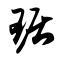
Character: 琚